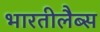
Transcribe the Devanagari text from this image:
भारतीलैब्स